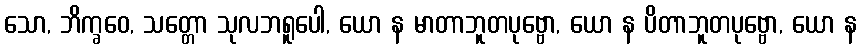
သော, ဘိက္ခဝေ, သတ္တော သုလဘရူပေါ, ယော န မာတာဘူတပုဗ္ဗော, ယော န ပိတာဘူတပုဗ္ဗော, ယော န